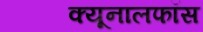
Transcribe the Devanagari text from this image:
क्‍यूनालफॉस